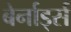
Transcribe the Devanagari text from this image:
बेर्नार्ड्स